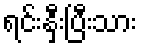
ရင်းနှီးပြီးသား